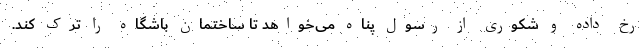
رخ داده و شکوری از رسول پناه می‌خواهد تا ساختمان باشگاه را ترک کند.